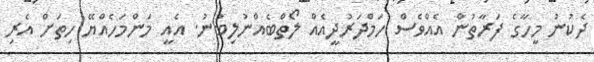
ދެކުނު މީހާގެ ފަރާތުން އެއްވެސް ހަމްދަރުދީއެއް ލޯތްބެއްނުލިބުނު. އެއީ މަންމަހެއްޔޭ ހިތަށް އެރި